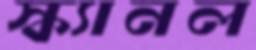
স্ক্যানল